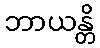
ဘာယန္တိ